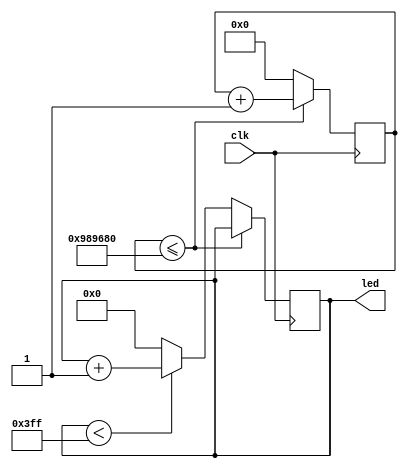
module counter (input clk, output reg [9:0]led);

reg [31:0] counter;

always @ (posedge clk)
begin
	if (counter <= 10000000)
	begin
		counter <= counter + 1;
	end
	else
	begin
		counter <= 0;
		if (led < 1023)
		begin
			led <= led + 1;
		end
		else
		begin
			led <= 0;
		end
	end
end

endmodule //counter